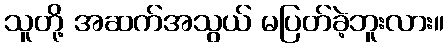
သူတို့ အဆက်အသွယ် မပြတ်ခဲ့ဘူးလား။